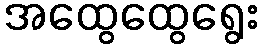
အထွေထွေရွေး